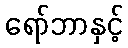
ရော်ဘာနှင့်